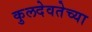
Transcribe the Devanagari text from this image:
कुलदेवतेच्या